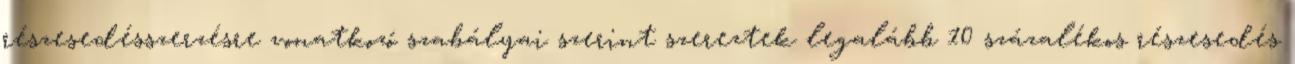
részesedésszerzésre vonatkozó szabályai szerint szereztek legalább 10 százalékos részesedés